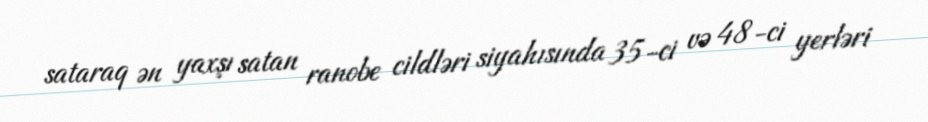
sataraq ən yaxşı satan ranobe cildləri siyahısında 35-ci və 48-ci yerləri